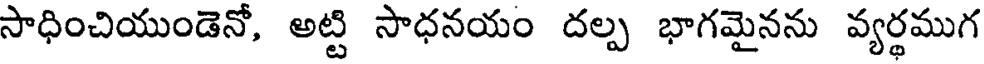
సాధించియుండెనో, అట్టి సాధనయం దల్ప భాగమైనను వ్యర్థముగ